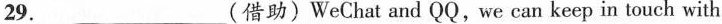
29.___(借助)WeChat and QQ,we can keep in touch with